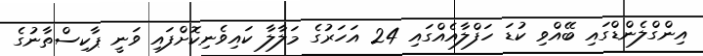
އިންގްލެންޑްގައި ބޭއްވި ކުޑަ ހަފްލާއެއްގައި 24 އަހަރުގެ މަލާލާ ކައިވެނިކޮށްފައި ވަނީ ޕާކިސްތާނުގެ